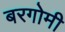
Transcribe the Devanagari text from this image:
बरगोमी